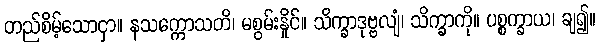
တည်စိမ့်သောငှာ။ နသက္ကောသတိ၊ မစွမ်းနှိုင်။ သိက္ခာဒုဗ္ဗလျံ၊ သိက္ခာကို။ ပစ္စက္ခာယ၊ ချ၍။